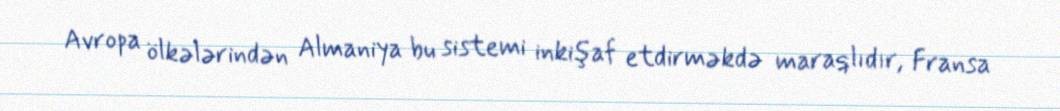
Avropa ölkələrindən Almaniya bu sistemi inkişaf etdirməkdə maraqlıdır, Fransa